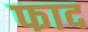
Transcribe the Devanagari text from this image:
फाद